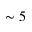
\sim 5